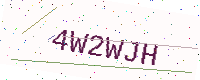
Text: 4W2WJH